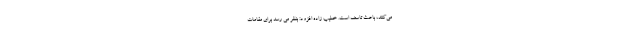
می‌کنند، باعث تاسف است. خطیب زاده افزود: بنظر می رسد برای مقامات